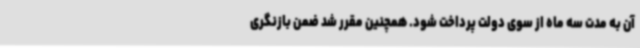
آن به مدت سه ماه از سوی دولت پرداخت شود. همچنین مقرر شد ضمن بازنگری